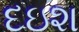
દઇશ